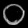
Digit: ၀